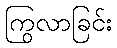
ကြွလာခြင်း